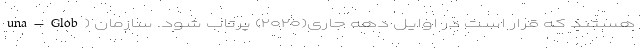
una-Glob) هستند که قرار است در اوایل دهه جاری(۲۰۲۰) پرتاب شود. سازمان